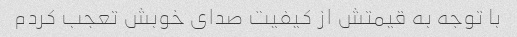
با توجه به قیمتش از کیفیت صدای خوبش تعجب کردم